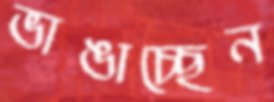
ভাঙাচ্ছেন